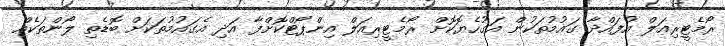
ރޯމެޓީރިއަލް އުފައްދާ ގައުމުތަކުން އަގުހެޔޮކޮށް ރޯމެޓީރިއަލް އިންޕޯޓްކޮށްފާ އަދި އެގައުމުތަކަށް ބޮޑެތި ލޯންތަކެއް